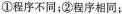
①程序不同；②程序相同；